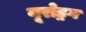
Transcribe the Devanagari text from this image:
यूरोड्रग